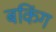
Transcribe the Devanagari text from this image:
बकिंग